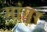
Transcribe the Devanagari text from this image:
मांगूर